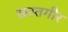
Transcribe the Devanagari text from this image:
खस्तगीर